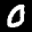
Label: 0